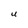
Character: U